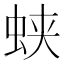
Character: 蛱